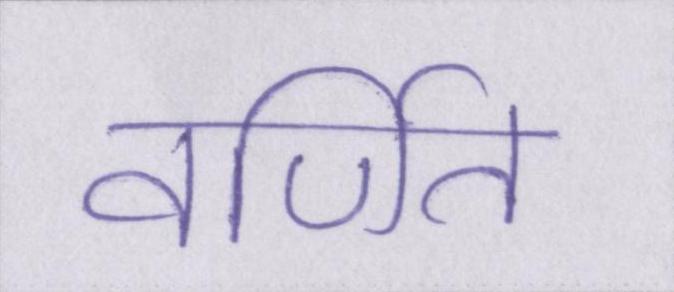
वर्णित